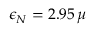
\epsilon _ { N } = 2 . 9 5 \, \mu